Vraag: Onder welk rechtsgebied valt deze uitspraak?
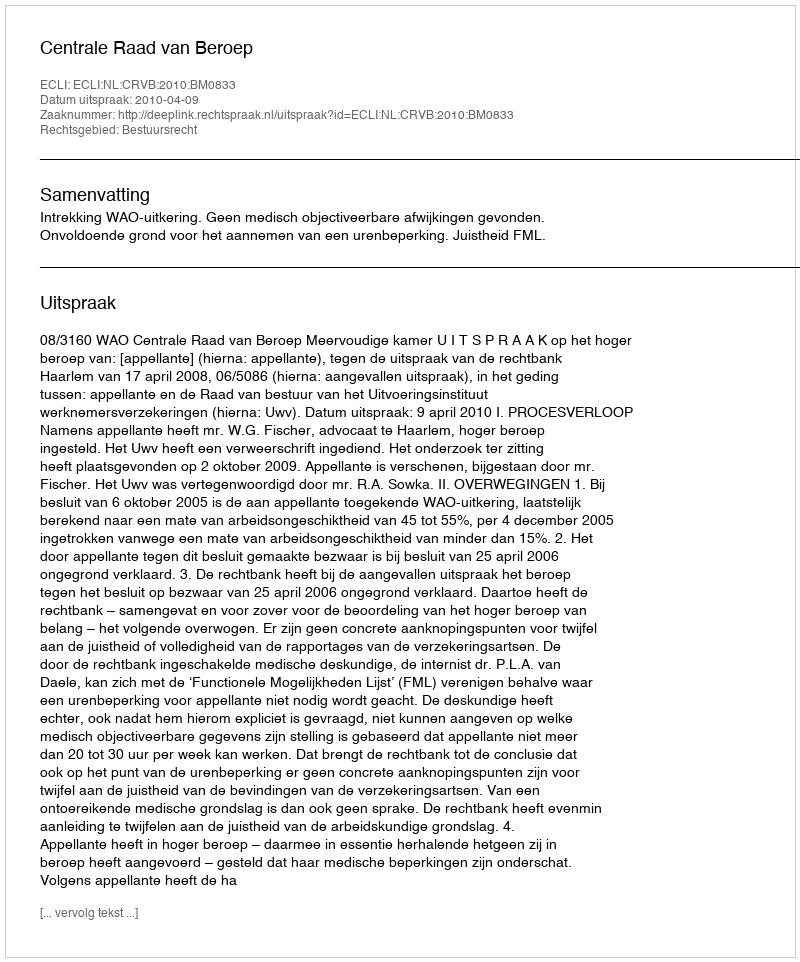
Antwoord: Bestuursrecht